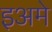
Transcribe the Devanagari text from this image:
इअमे